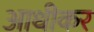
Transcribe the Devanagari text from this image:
आधीकर